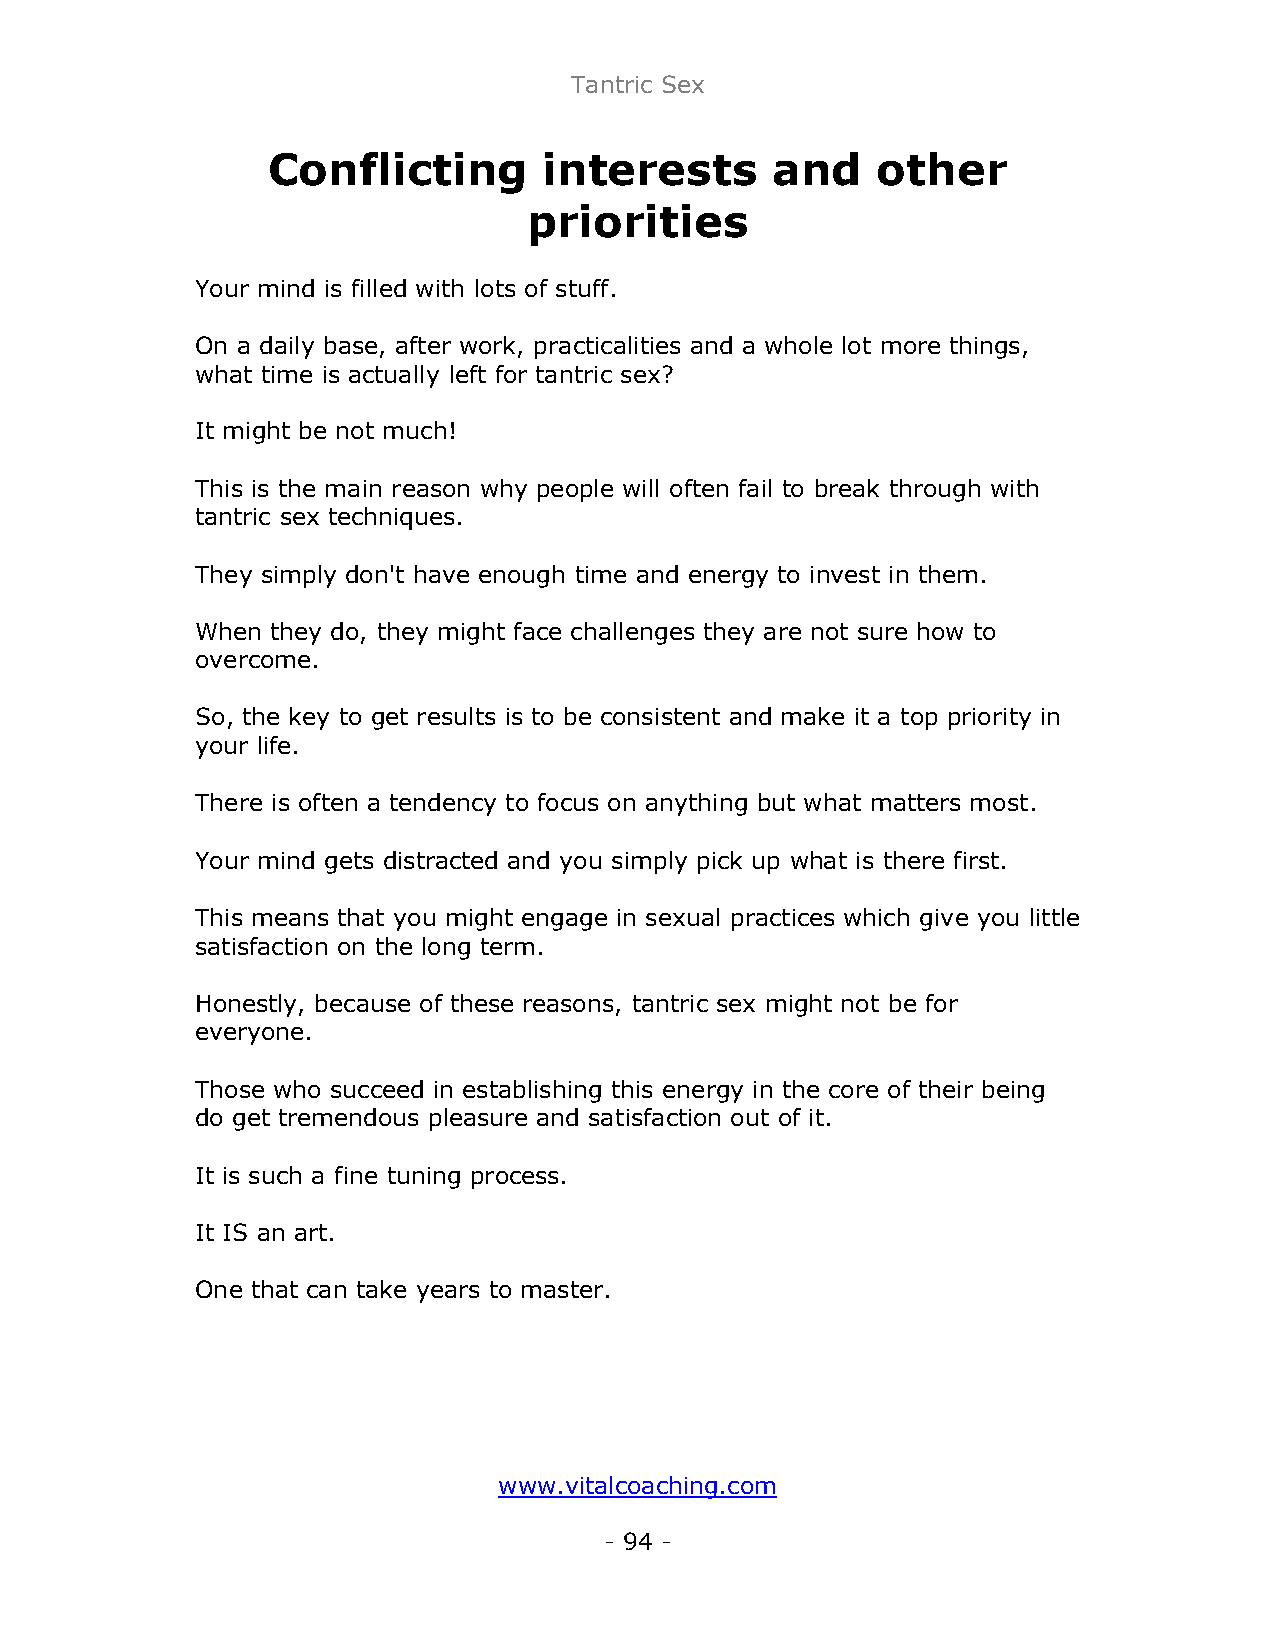
Tantric Sex
 Conflicting       interests      and    other
 priorities
 Your mind is filled with lots of stuff.
 On a daily base, after work, practicalities and a whole lot more things,
 what time is actually left for tantric sex?
 It might be not much!
 This is the main reason why people will often fail to break through with
 tantric sex techniques.
 They simply don't have enough time and energy to invest in them.
 When they do, they might face challenges they are not sure how to
 overcome.
 So, the key to get results is to be consistent and make it a top priority in
 your life.
 There is often a tendency to focus on anything but what matters most.
 Your mind gets distracted and you simply pick up what is there first.
 This means that you might engage in sexual practices which give you little
 satisfaction on the long term.
 Honestly, because of these reasons, tantric sex might not be for
 everyone.
 Those who succeed in establishing this energy in the core of their being
 do get tremendous pleasure and satisfaction out of it.
 It is such a fine tuning process.
 It IS an art.
 One that can take years to master.
 www.vitalcoaching.com
 - 94 -